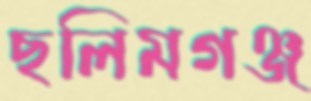
ছলিমগঞ্জ